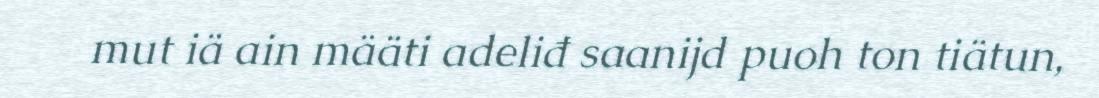
mut iä ain määti adeliđ saanijd puoh ton tiätun,